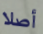
أصلا